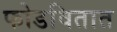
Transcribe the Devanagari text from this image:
फोडवितात